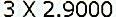
3 X 2.9000